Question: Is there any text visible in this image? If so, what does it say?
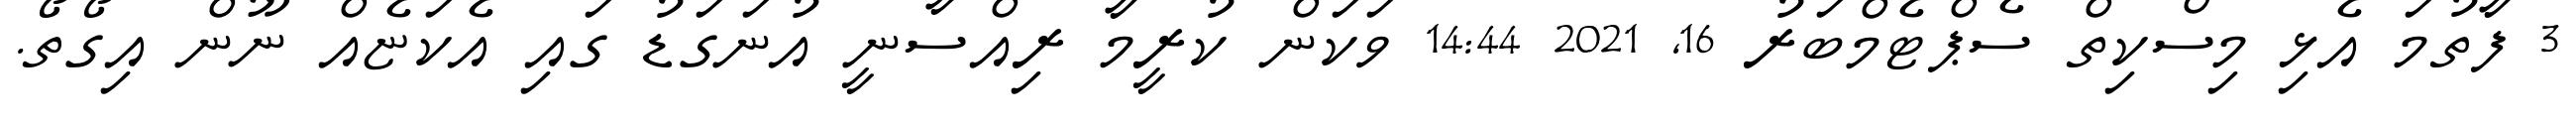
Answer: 3 ފާތުމަ އެޅި މިސްކިތް ސެޕްޓެމްބަރު 16, 2021 14:44 ވަކަން ކުރީމާ ރިއްސާނީ އުނަގަޑު ގައި އެކަޏެއް ނޫން އިގޯތޯ.